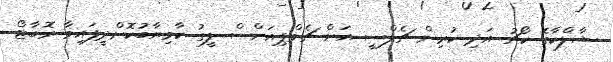
ޝާލްކާގެ ކޯޗު އަދި ކުރިން ޗެލްސީ އަށް ޗެމްޕިއަންސް ލީގު ކާމިޔާބުކޮށްދީފައިވާ ރޮބާޓޯ